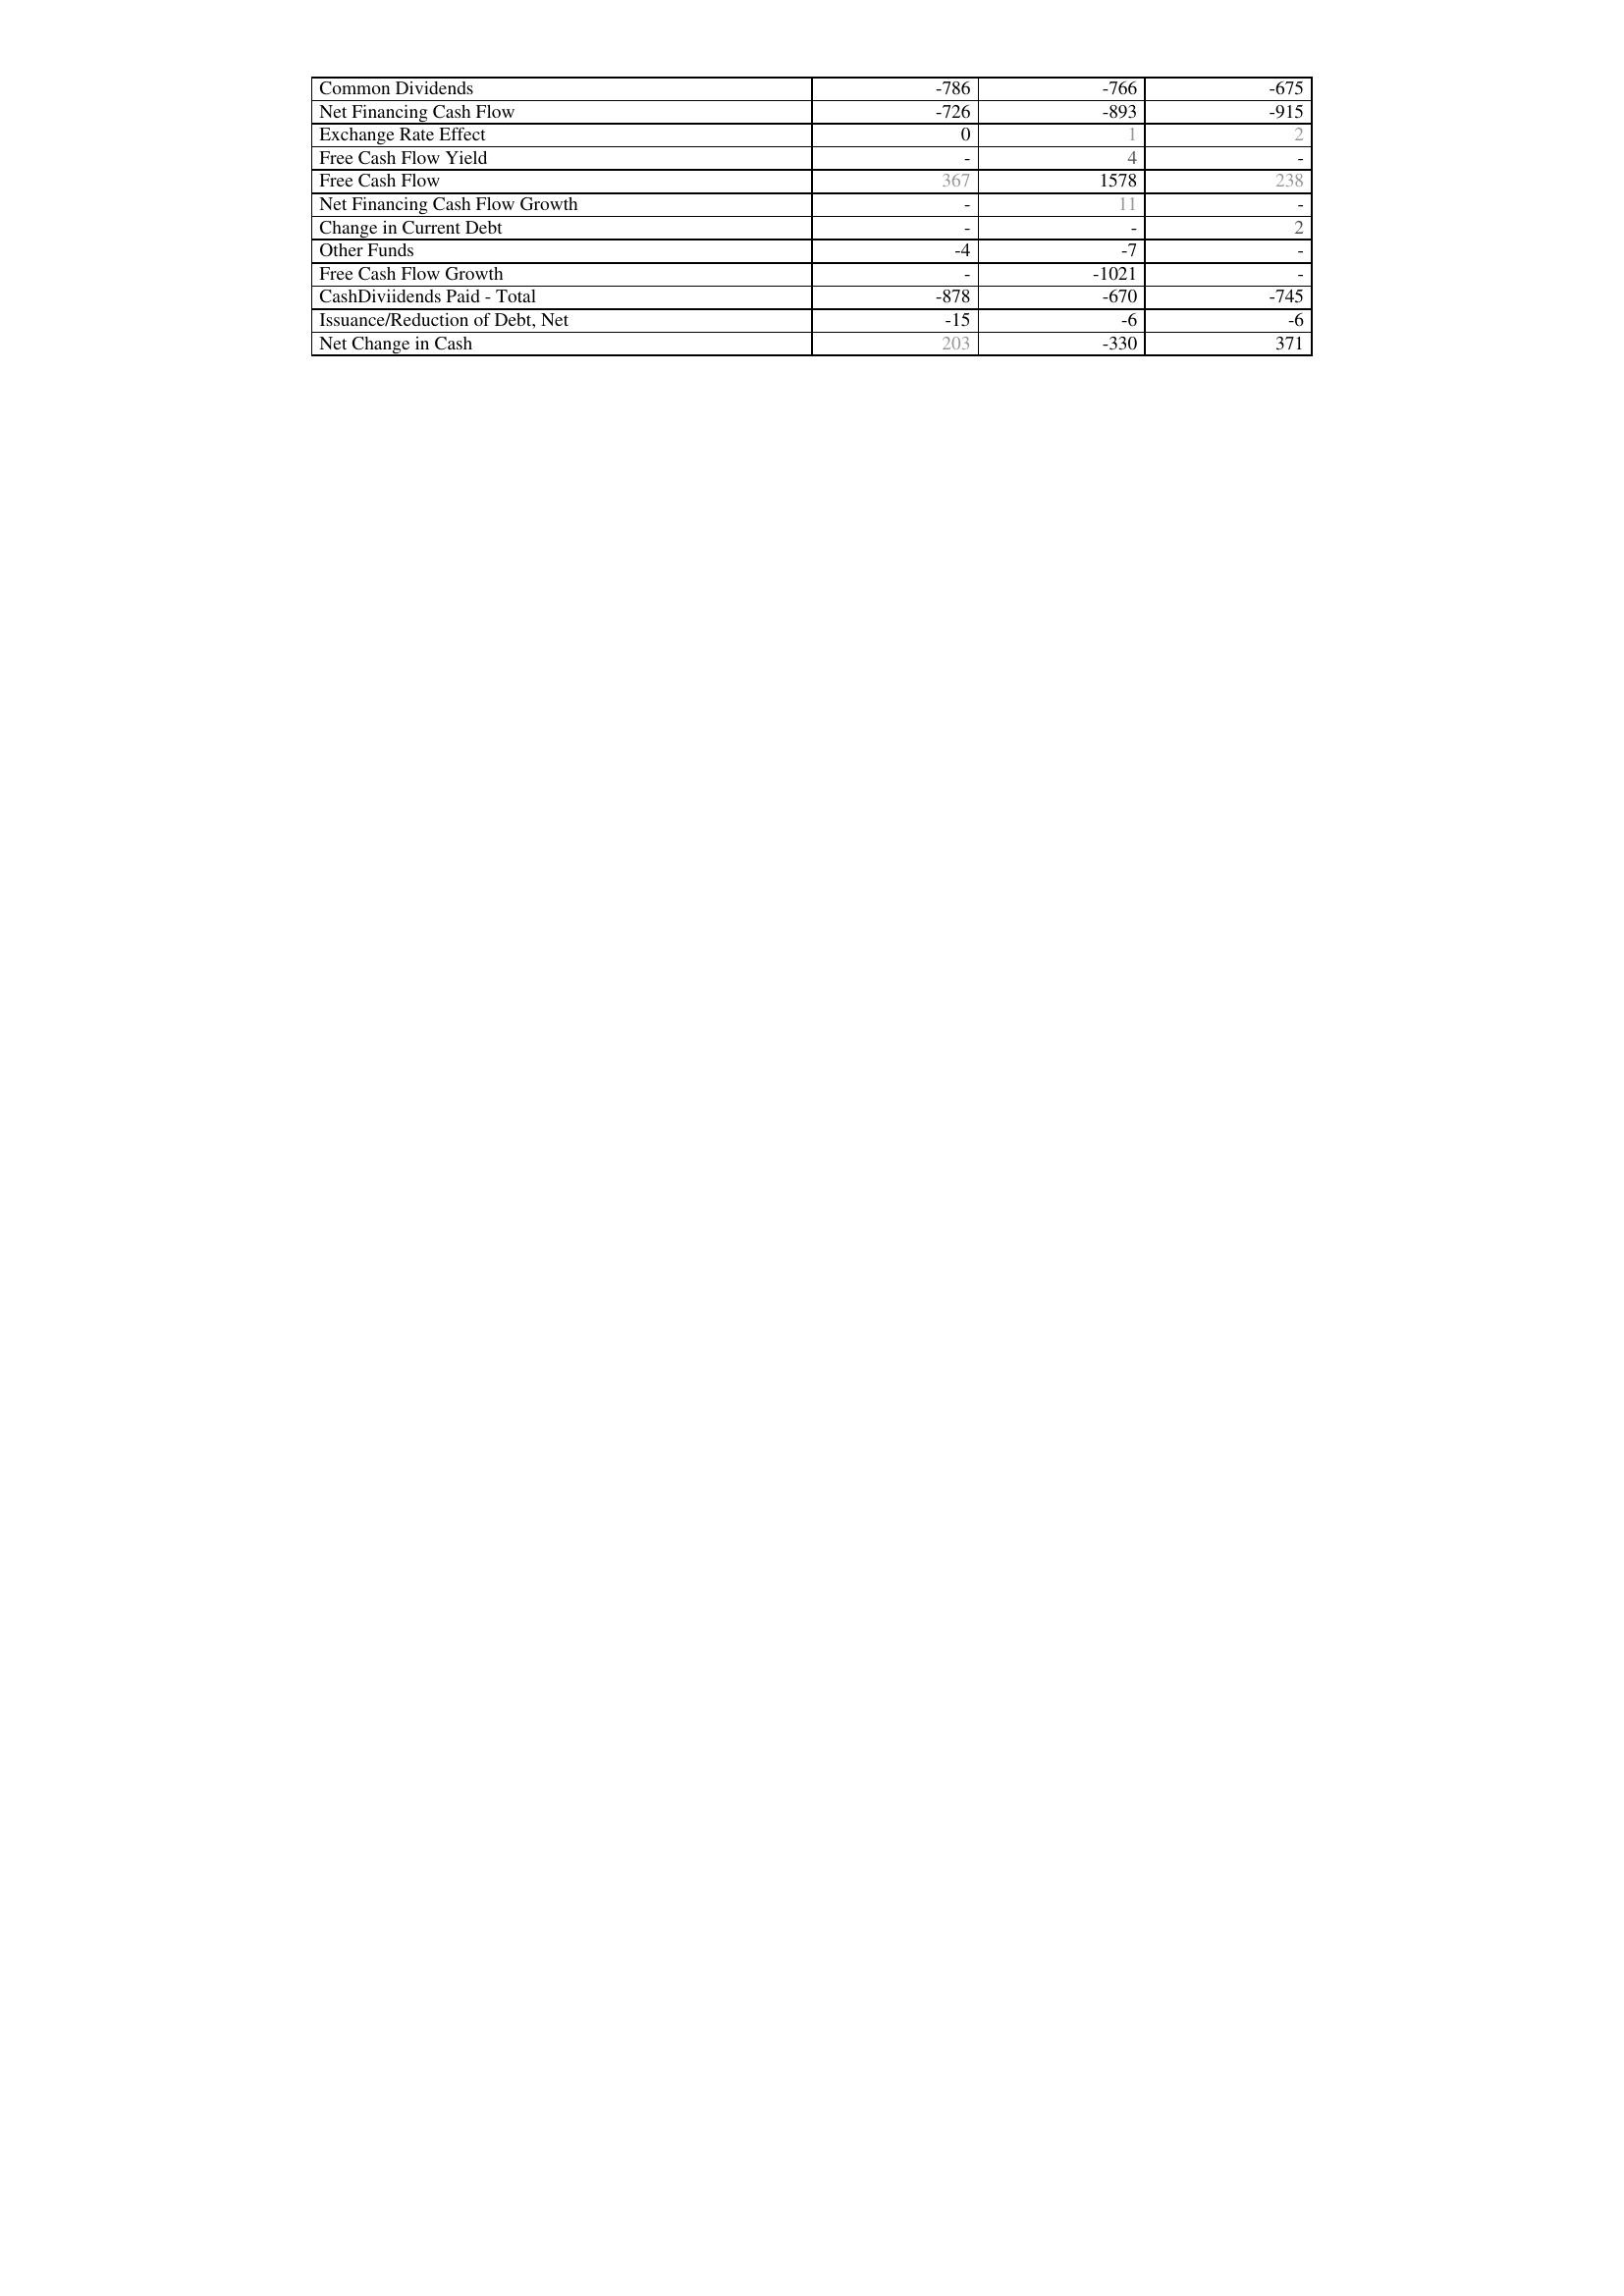
2008: Financing Activities: Common Dividends: -786
Net Financing Cash Flow: -726
Exchange Rate Effect: 0
Free Cash Flow Yield: -
Free Cash Flow: 367
Net Financing Cash Flow Growth: -
Change in Current Debt: -
Other Funds: -4
Free Cash Flow Growth: -
CashDiviidends Paid - Total: -878
Issuance/Reduction of Debt, Net: -15
Net Change in Cash: 203
2009: Financing Activities: Common Dividends: -766
Net Financing Cash Flow: -893
Exchange Rate Effect: 1
Free Cash Flow Yield: 4
Free Cash Flow: 1578
Net Financing Cash Flow Growth: 11
Change in Current Debt: -
Other Funds: -7
Free Cash Flow Growth: -1021
CashDiviidends Paid - Total: -670
Issuance/Reduction of Debt, Net: -6
Net Change in Cash: -330
2010: Financing Activities: Common Dividends: -675
Net Financing Cash Flow: -915
Exchange Rate Effect: 2
Free Cash Flow Yield: -
Free Cash Flow: 238
Net Financing Cash Flow Growth: -
Change in Current Debt: 2
Other Funds: -
Free Cash Flow Growth: -
CashDiviidends Paid - Total: -745
Issuance/Reduction of Debt, Net: -6
Net Change in Cash: 371